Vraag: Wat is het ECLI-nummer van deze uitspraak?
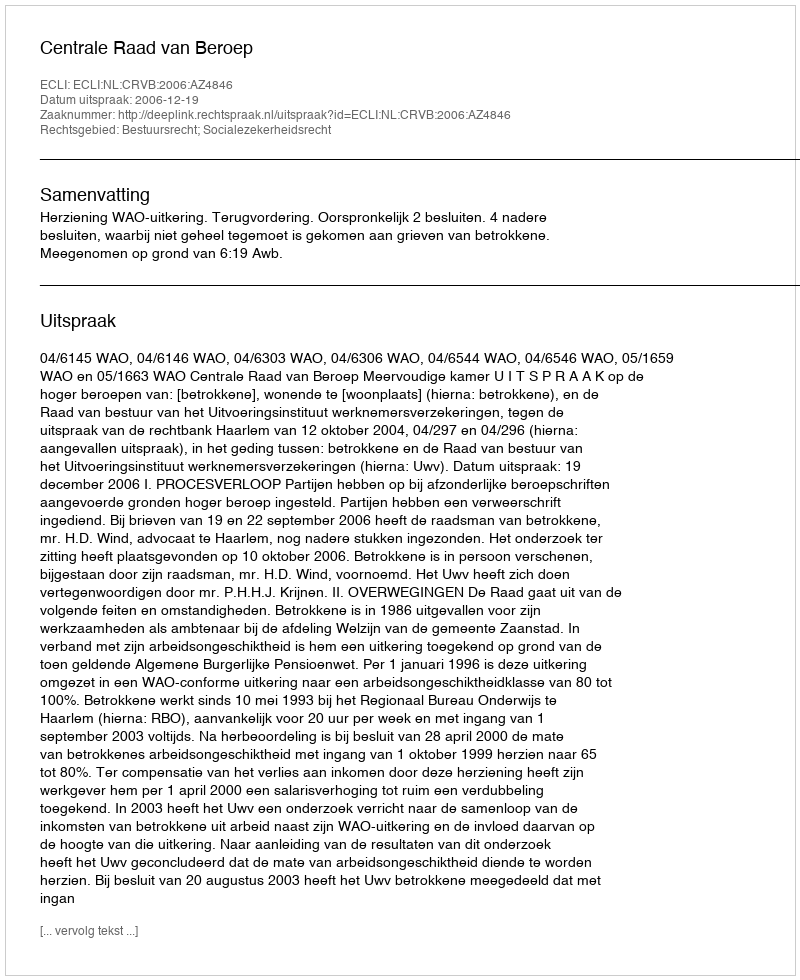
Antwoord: ECLI:NL:CRVB:2006:AZ4846